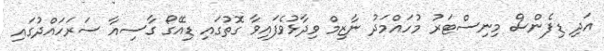
އަދި ޑިފެންސް މިނިސްޓަރު މުހައްމަދު ނާޒިމް ވިދާޅުވެފައިވާ ގޮތުގައި ޑިއޭގޯ ގާސިއާ ސަރަހައްދުގައި